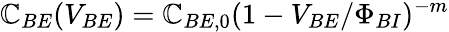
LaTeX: \mathbb{C}_{BE}(V_{BE})=\mathbb{C}_{BE,0}(1-V_{BE}/\Phi_{BI})^{-m}